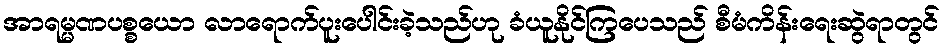
အာရမ္မဏပစ္စယော လာရောက်ပူးပေါင်းခဲ့သည်ဟု ခံယူနိုင်ကြပေသည် စီမံကိန်းရေးဆွဲရာတွင်